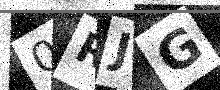
Text: 0RJG